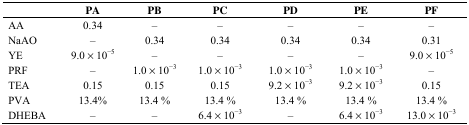
<table><thead><tr><td></td><td><b>PA</b></td><td><b>PB</b></td><td><b>PC</b></td><td><b>PD</b></td><td><b>PE</b></td><td><b>PF</b></td></tr></thead><tbody><tr><td>AA</td><td>0.34</td><td>–</td><td>–</td><td>–</td><td>–</td><td>–</td></tr><tr><td>NaAO</td><td>–</td><td>0.34</td><td>0.34</td><td>0.34</td><td>0.34</td><td>0.31</td></tr><tr><td>YE</td><td>9.0 × 10<sup>−5</sup></td><td>–</td><td>–</td><td>–</td><td>–</td><td>9.0 × 10<sup>−5</sup></td></tr><tr><td>PRF</td><td>–</td><td>1.0 × 10<sup>−3</sup></td><td>1.0 × 10<sup>−3</sup></td><td>1.0 × 10<sup>−3</sup></td><td>1.0 × 10<sup>−3</sup></td><td>–</td></tr><tr><td>TEA</td><td>0.15</td><td>0.15</td><td>0.15</td><td>9.2 × 10<sup>−3</sup></td><td>9.2 × 10<sup>−3</sup></td><td>0.15</td></tr><tr><td>PVA</td><td>13.4%</td><td>13.4 %</td><td>13.4 %</td><td>13.4 %</td><td>13.4 %</td><td>13.4 %</td></tr><tr><td>DHEBA</td><td>–</td><td>–</td><td>6.4 × 10<sup>−3</sup></td><td>–</td><td>6.4 × 10<sup>−3</sup></td><td>13.0 × 10<sup>−3</sup></td></tr></tbody></table>